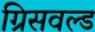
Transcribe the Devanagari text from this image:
ग्रिसवल्ड